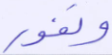
ونفور